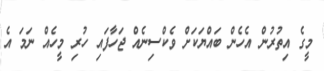
މީގެ އިތުރުން އެހެން ބައްޔަކަށް ވެކްސިނެއް ޖަހާފައި ހުރި މީހެއް ނަމަ އެ